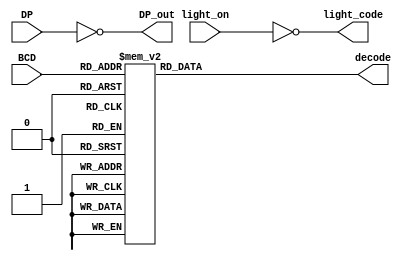
`timescale 1ns / 1ps
//////////////////////////////////////////////////////////////////////////////////
// Company: 
// Engineer: 
// 
// Design Name: 
// Module Name: Seven_segment_display_main
// Project Name: 
// Target Devices: 
// Tool Versions: 
// Description: 
// 
// Dependencies: 
// 
// Revision:
// Revision 0.01 - File Created
// Additional Comments:
// 
//////////////////////////////////////////////////////////////////////////////////


module Seven_segment_display_ultra(
    input [7:0] light_on ,
    input [3:0] BCD ,
    input DP,  
    
    output [7:0]light_code,// lightcode on
    output reg [6:0] decode ,
    output DP_out
    
    );
    assign light_code = ~light_on ;  
    assign DP_out = ~DP;
    
    always @(BCD) begin 
        case (BCD)
        4'b0000:  decode = ~(7'b1111110);
        4'b0001:  decode = ~(7'b0110000);
        4'b0010:  decode = ~(7'b1101101);
        4'b0011:  decode = ~(7'b1111001);
        4'b0100:  decode = ~(7'b0110011);
        4'b0101:  decode = ~(7'b1011011);
        4'b0110:  decode = ~(7'b0011111);
        4'b0111:  decode = ~(7'b1110000);
        4'b1000:  decode = ~(7'b1111111);
        4'b1001:  decode = ~(7'b1110011); // 9 
        4'b1010:  decode = ~(7'b0000001); // 10 is - 
        default:   decode = ~(7'b0000000);
        /*4'b1010:  decode = ~(7'b0001101);
        4'b1011:  decode = ~(7'b0011001);
        4'b1100:  decode = ~(7'b0100011);
        4'b1101:  decode = ~(7'b1001011);
        4'b1110:  decode = ~(7'b0001111);*/
       // 4'b1111:  decode = ~(7'b0000000);
        endcase 
    end    
endmodule